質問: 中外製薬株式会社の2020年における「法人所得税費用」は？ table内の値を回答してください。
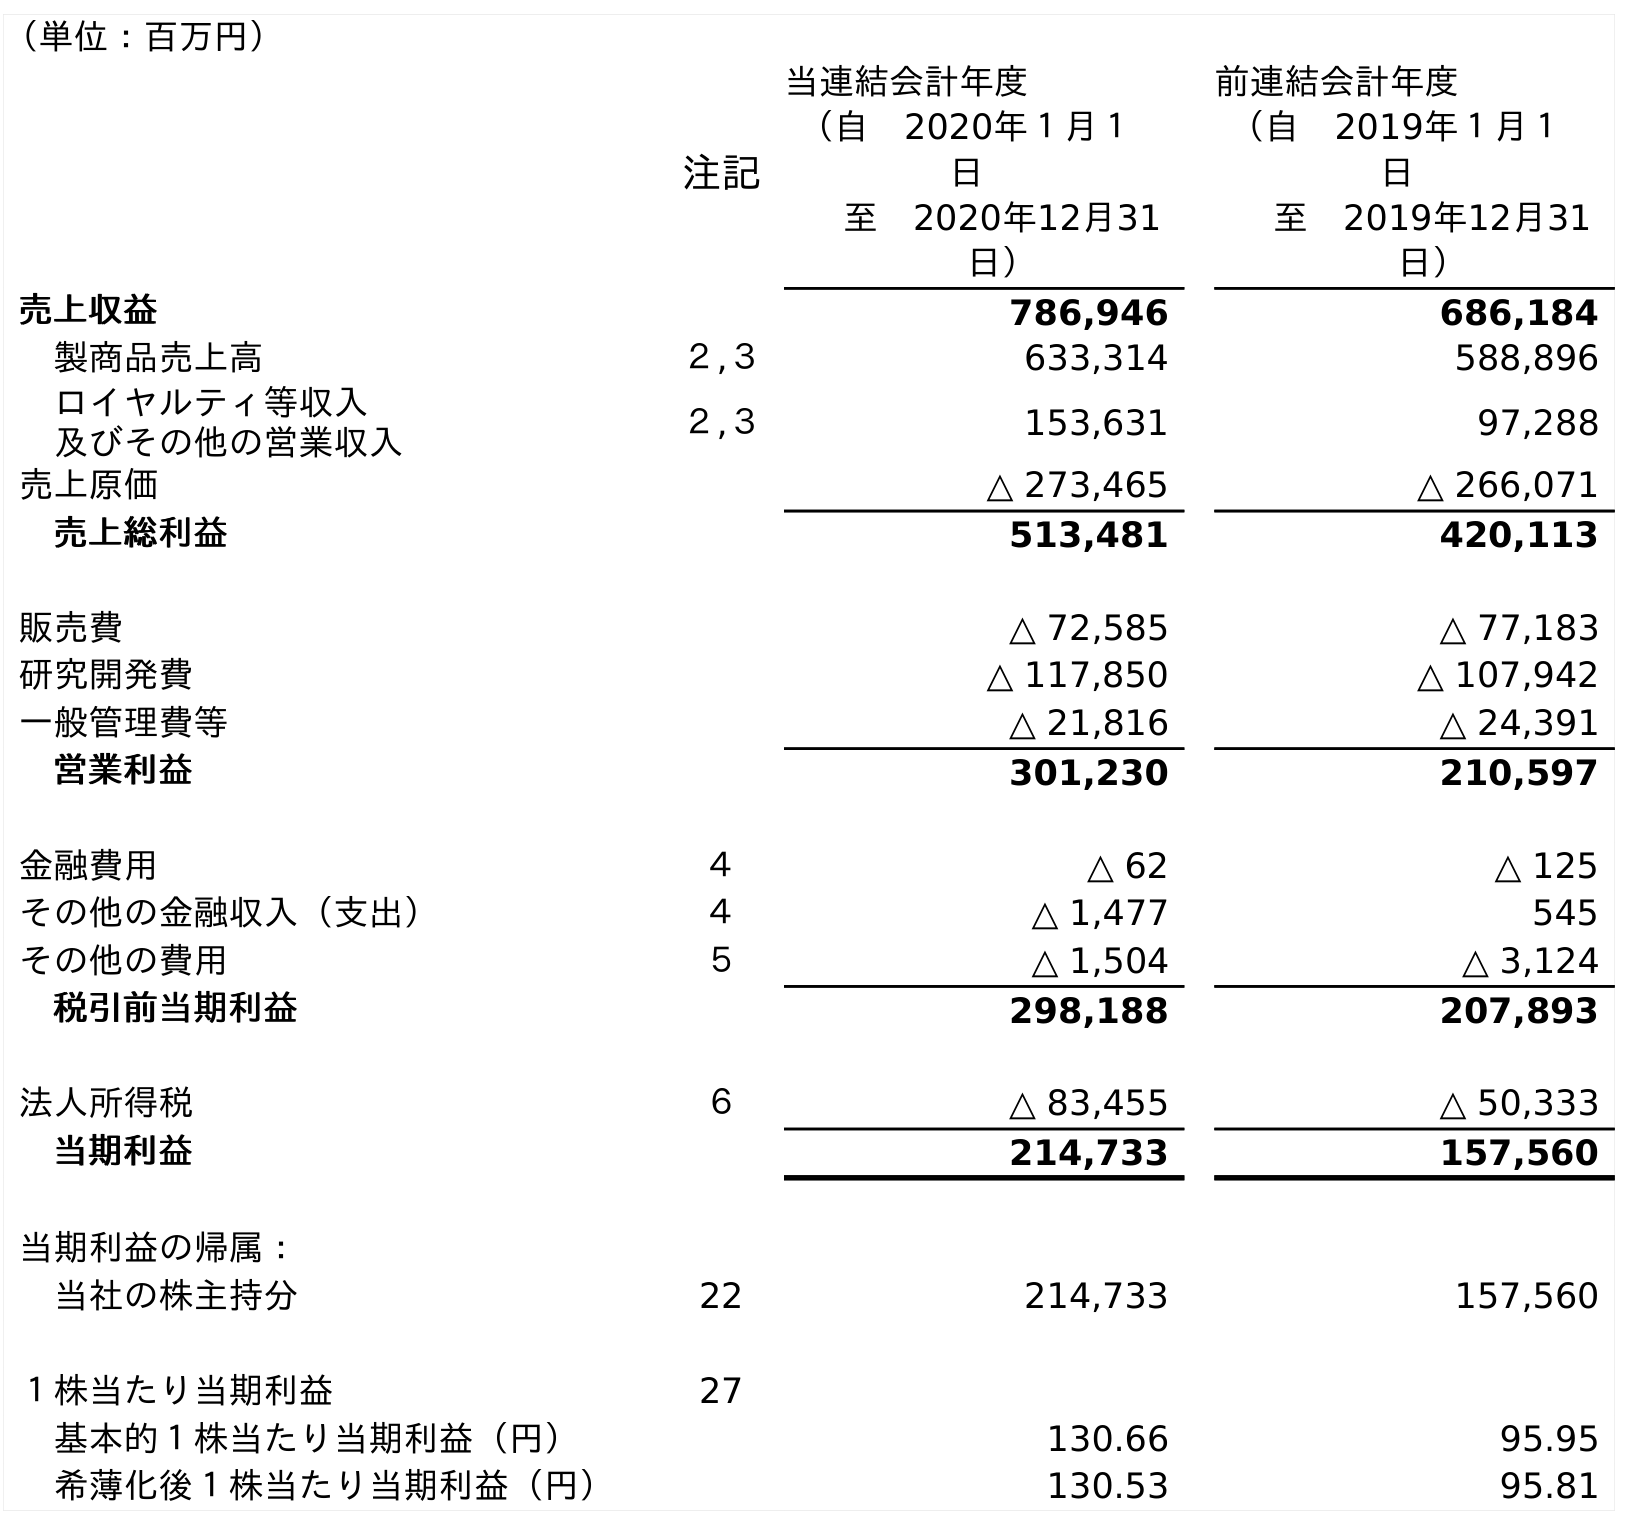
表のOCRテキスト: （単位：百万円） 注記 当連結会計年度 （自 2020年１月１ 日 至 2020年12月31 日） 前連結会計年度 （自 2019年１月１ 日 至 2019年12月31 日） 売上収益 786,946 686,184 製商品売上高 ２,３ 633,314 588,896 ロイヤルティ等収入 及びその他の営業収入 ２,３ 153,631 97,288 売上原価 △ 273,465 △ 266,071 売上総利益 513,481 420,113 販売費 △ 72,585 △ 77,183 研究開発費 △ 117,850 △ 107,942 一般管理費等 △ 21,816 △ 24,391 営業利益 301,230 210,597 金融費用 ４ △ 62 △ 125 その他の金融収入（支出） ４ △ 1,477 545 その他の費用 ５ △ 1,504 △ 3,124 税引前当期利益 298,188 207,893 法人所得税 ６ △ 83,455 △ 50,333 当期利益 214,733 157,560 当期利益の帰属： 当社の株主持分 22 214,733 157,560 １株当たり当期利益 27 基本的１株当たり当期利益（円） 130.66 95.95 希薄化後１株当たり当期利益（円） 130.53 95.81
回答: △83,455